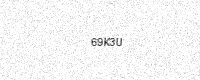
Text: 69K3U